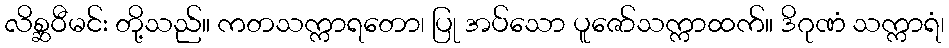
လိစ္ဆဝီမင်း တို့သည်။ ကတသက္ကာရတော၊ ပြု အပ်သော ပူဇော်သက္ကာထက်။ ဒိဂုဏံ သက္ကာရံ၊